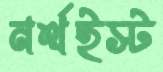
নর্থইস্ট